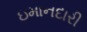
ઇમાનદારી